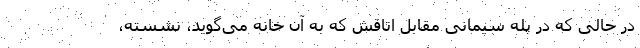
در حالی که در پله سیمانی مقابل اتاقش که به آن خانه می‌گوید، نشسته،